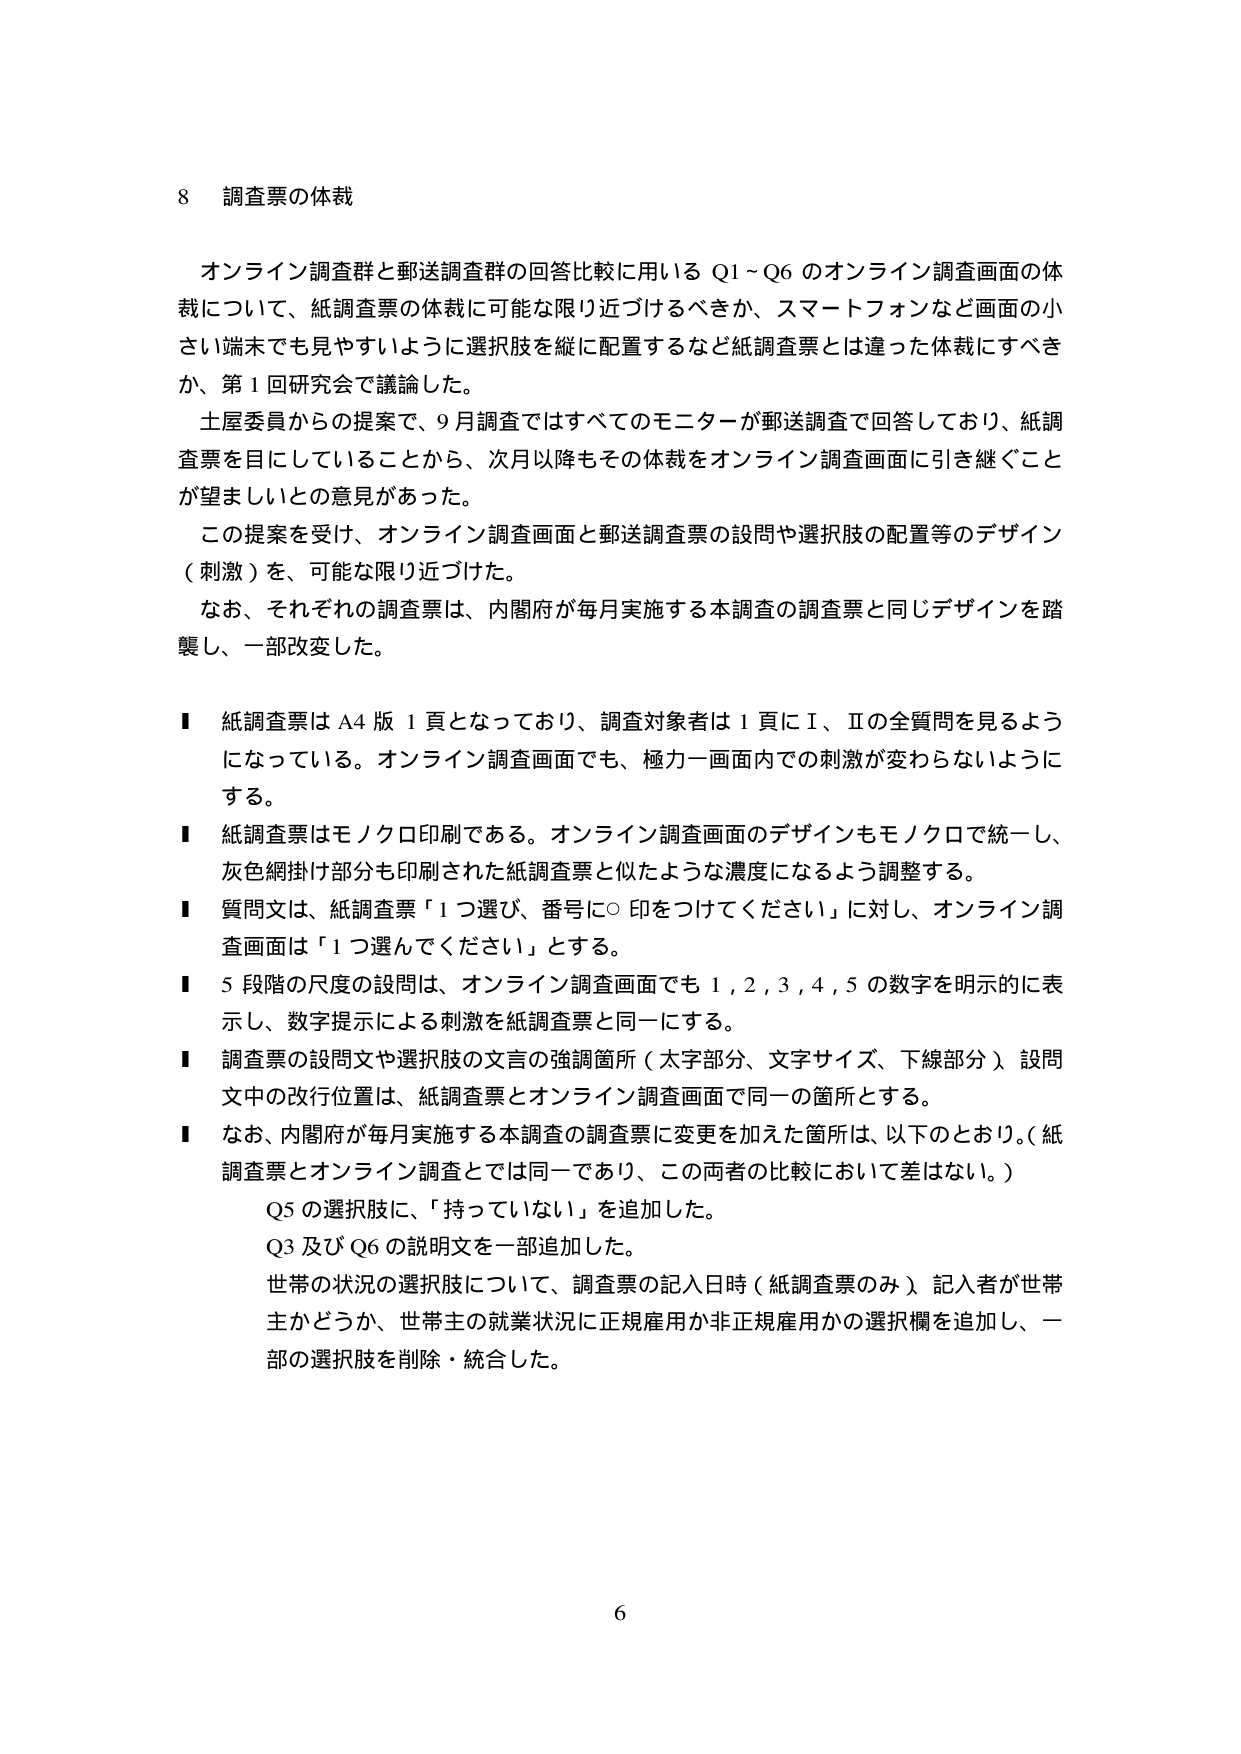
8 調査票の体裁

オンライン調査群と郵送調査群の回答比較に用いる Q1～Q6 のオンライン調査画面の体裁について、紙調査票の体裁に可能な限り近づけるべきか、スマートフォンなど画面の小さい端末でも見やすいように選択肢を縦に配置するなど紙調査票とは違った体裁にすべきか、第1回研究会で議論した。

土屋委員からの提案で、9月調査ではすべてのモニターが郵送調査で回答しており、紙調査票を目にしていることから、次月以降もその体裁をオンライン調査画面に引き継ぐことが望ましいとの意見があった。

この提案を受け、オンライン調査画面と郵送調査票の設問や選択肢の配置等のデザイン（刺激）を、可能な限り近づけた。

なお、それぞれの調査票は、内閣府が毎月実施する本調査の調査票と同じデザインを踏襲し、一部改変した。

■ 紙調査票はA4版1頁となっており、調査対象者は1頁にⅠ、Ⅱの全質問を見るようになっている。オンライン調査画面でも、極力一画面内での刺激が変わらないようにする。

■ 紙調査票はモノクロ印刷である。オンライン調査画面のデザインもモノクロで統一し、灰色網掛け部分も印刷された紙調査票と似たような濃度になるよう調整する。

■ 質問文は、紙調査票「1つ選び、番号に○印をつけてください」に対し、オンライン調査画面は「1つ選んでください」とする。

■ 5段階の尺度の設問は、オンライン調査画面でも1,2,3,4,5の数字を明示的に表示し、数字提示による刺激を紙調査票と同一にする。

■ 調査票の設問文や選択肢の文言の強調箇所（太字部分、文字サイズ、下線部分）、設問文中の改行位置は、紙調査票とオンライン調査画面で同一の箇所とする。

■ なお、内閣府が毎月実施する本調査の調査票に変更を加えた箇所は、以下のとおり。（紙調査票とオンライン調査とでは同一であり、この両者の比較において差はない。）

　Q5の選択肢に、「持っていない」を追加した。

　Q3及びQ6の説明文を一部追加した。

　世帯の状況の選択肢について、調査票の記入日時（紙調査票のみ）記入者が世帯主かどうか、世帯主の就業状況に正規雇用か非正規雇用かの選択欄を追加し、一部の選択肢を削除・統合した。

6